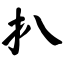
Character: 扒